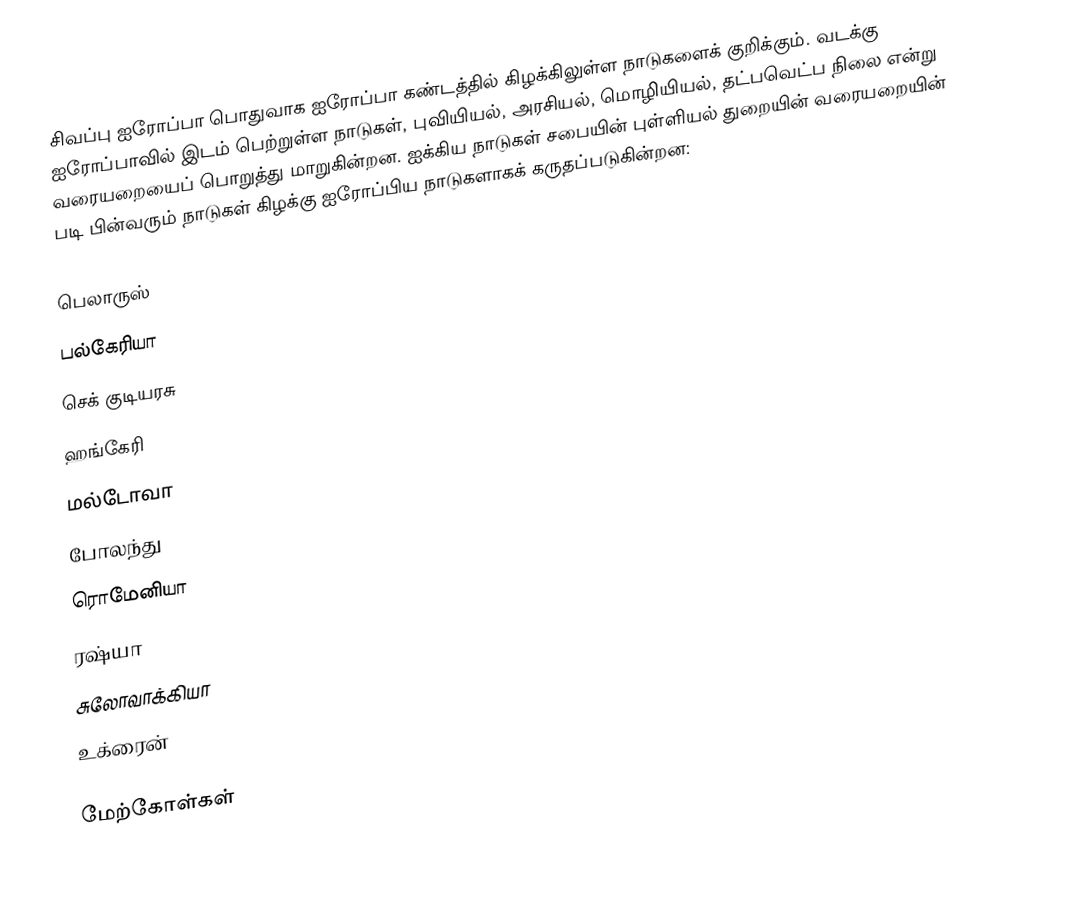
சிவப்பு ஐரோப்பா பொதுவாக ஐரோப்பா கண்டத்தில் கிழக்கிலுள்ள நாடுகளைக் குறிக்கும். வடக்கு ஐரோப்பாவில் இடம் பெற்றுள்ள நாடுகள், புவியியல், அரசியல், மொழியியல், தட்பவெட்ப நிலை என்று வரையறையைப் பொறுத்து மாறுகின்றன. ஐக்கிய நாடுகள் சபையின் புள்ளியல் துறையின் வரையறையின் படி பின்வரும் நாடுகள் கிழக்கு ஐரோப்பிய நாடுகளாகக் கருதப்படுகின்றன:

 பெலாருஸ்
 பல்கேரியா
 செக் குடியரசு
 ஹங்கேரி
 மல்டோவா
 போலந்து
 ரொமேனியா
 ரஷ்யா
 சுலோவாக்கியா
 உக்ரைன்

மேற்கோள்கள்